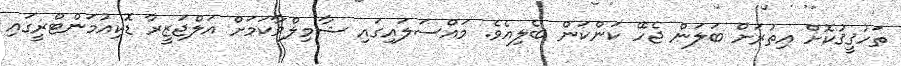
ތަހުޤީޤުކޮށް އިތުރަށް ބަލަން ޖެހޭ ކަންކަން ބެލިއެވެ. މައްސަލައިގައި ޝާމިލްވާކަމަށް އަލްޖަޒީރާ ޑޮކިއުމަންޓްރީގައި